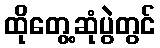
ထိုတွေ့ဆုံပွဲတွင်